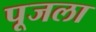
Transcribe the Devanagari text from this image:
पूजला